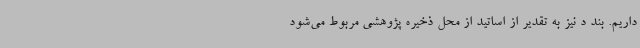
داریم. بند د نیز به تقدیر از اساتید از محل ذخیره پژوهشی مربوط می‌شود